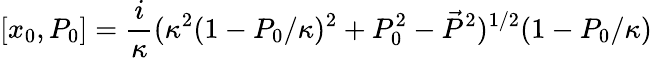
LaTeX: [x_{0},P_{0}]=\frac{i}{\kappa}(\kappa^{2}(1-P_{0}/\kappa)^{2}+P_{0}^{2}-\vec{P}^{2})^{1/2}(1-P_{0}/\kappa)